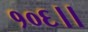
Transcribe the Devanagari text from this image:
१०६।।